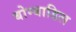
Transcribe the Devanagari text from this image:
बोम्बाडिल